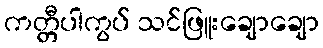
ကတ္တီပါကွပ် သင်ဖြူးချောချော